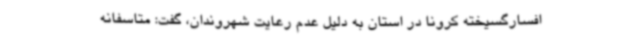
افسارگسیخته کرونا در استان به دلیل عدم رعایت شهروندان، گفت: متاسفانه